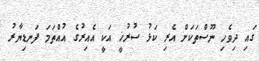
ގައި ދިވެހި ނޫސްތަކަށް އެރި ކަޅު ސުރުޚީ އަކީ އެއިރުގެ އުއްތަމަ ފަނޑިޔާރު